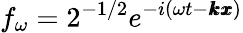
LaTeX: f_{\omega}=2^{-1/2}e^{-i(\omega t-\pmb{k}\pmb{x})}